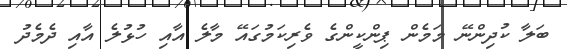
ބަލާ ކުދިންނޭ މަމެން ޕިންކީންގެ ވެރިކަމުގައޭ މާލެ އާއި ހުޅުލެ އާއި ދެމެދު